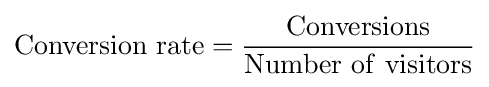
\mathrm {Conversion\ rate} ={\frac {\mathrm {Conversions} }{\mathrm {Number\ of\ visitors} }}